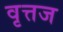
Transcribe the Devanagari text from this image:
वृत्तज